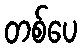
တစ်ပေ